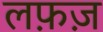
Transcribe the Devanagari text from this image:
लफ़ज़